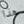
هذا